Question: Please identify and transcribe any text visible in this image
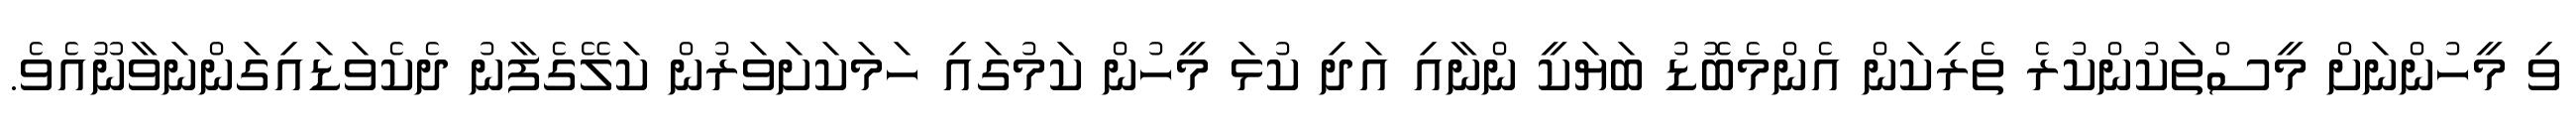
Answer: ވި މީހުންނަށް މީސްތަކުންކުރެ ތެރިކަން އެންމެބޮޑު ބަޔަކީ ންނާއި އަދި ކުޅަ މީހުން ކަމުގައި ހަމަކަށަވަރުން ކަލޭގެފާނު ދެކެވަޑައިގަންނަވާނޫއެވެ.